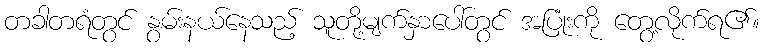
တခါတရံတွင် နွမ်းနယ်နေသည့် သူတို့မျက်နှာပေါ်တွင် အပြုံးကို တွေ့လိုက်ရ၏။